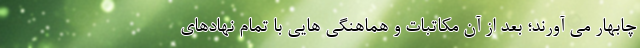
چابهار می آورند؛ بعد از آن مکاتبات و هماهنگی هایی با تمام نهادهای